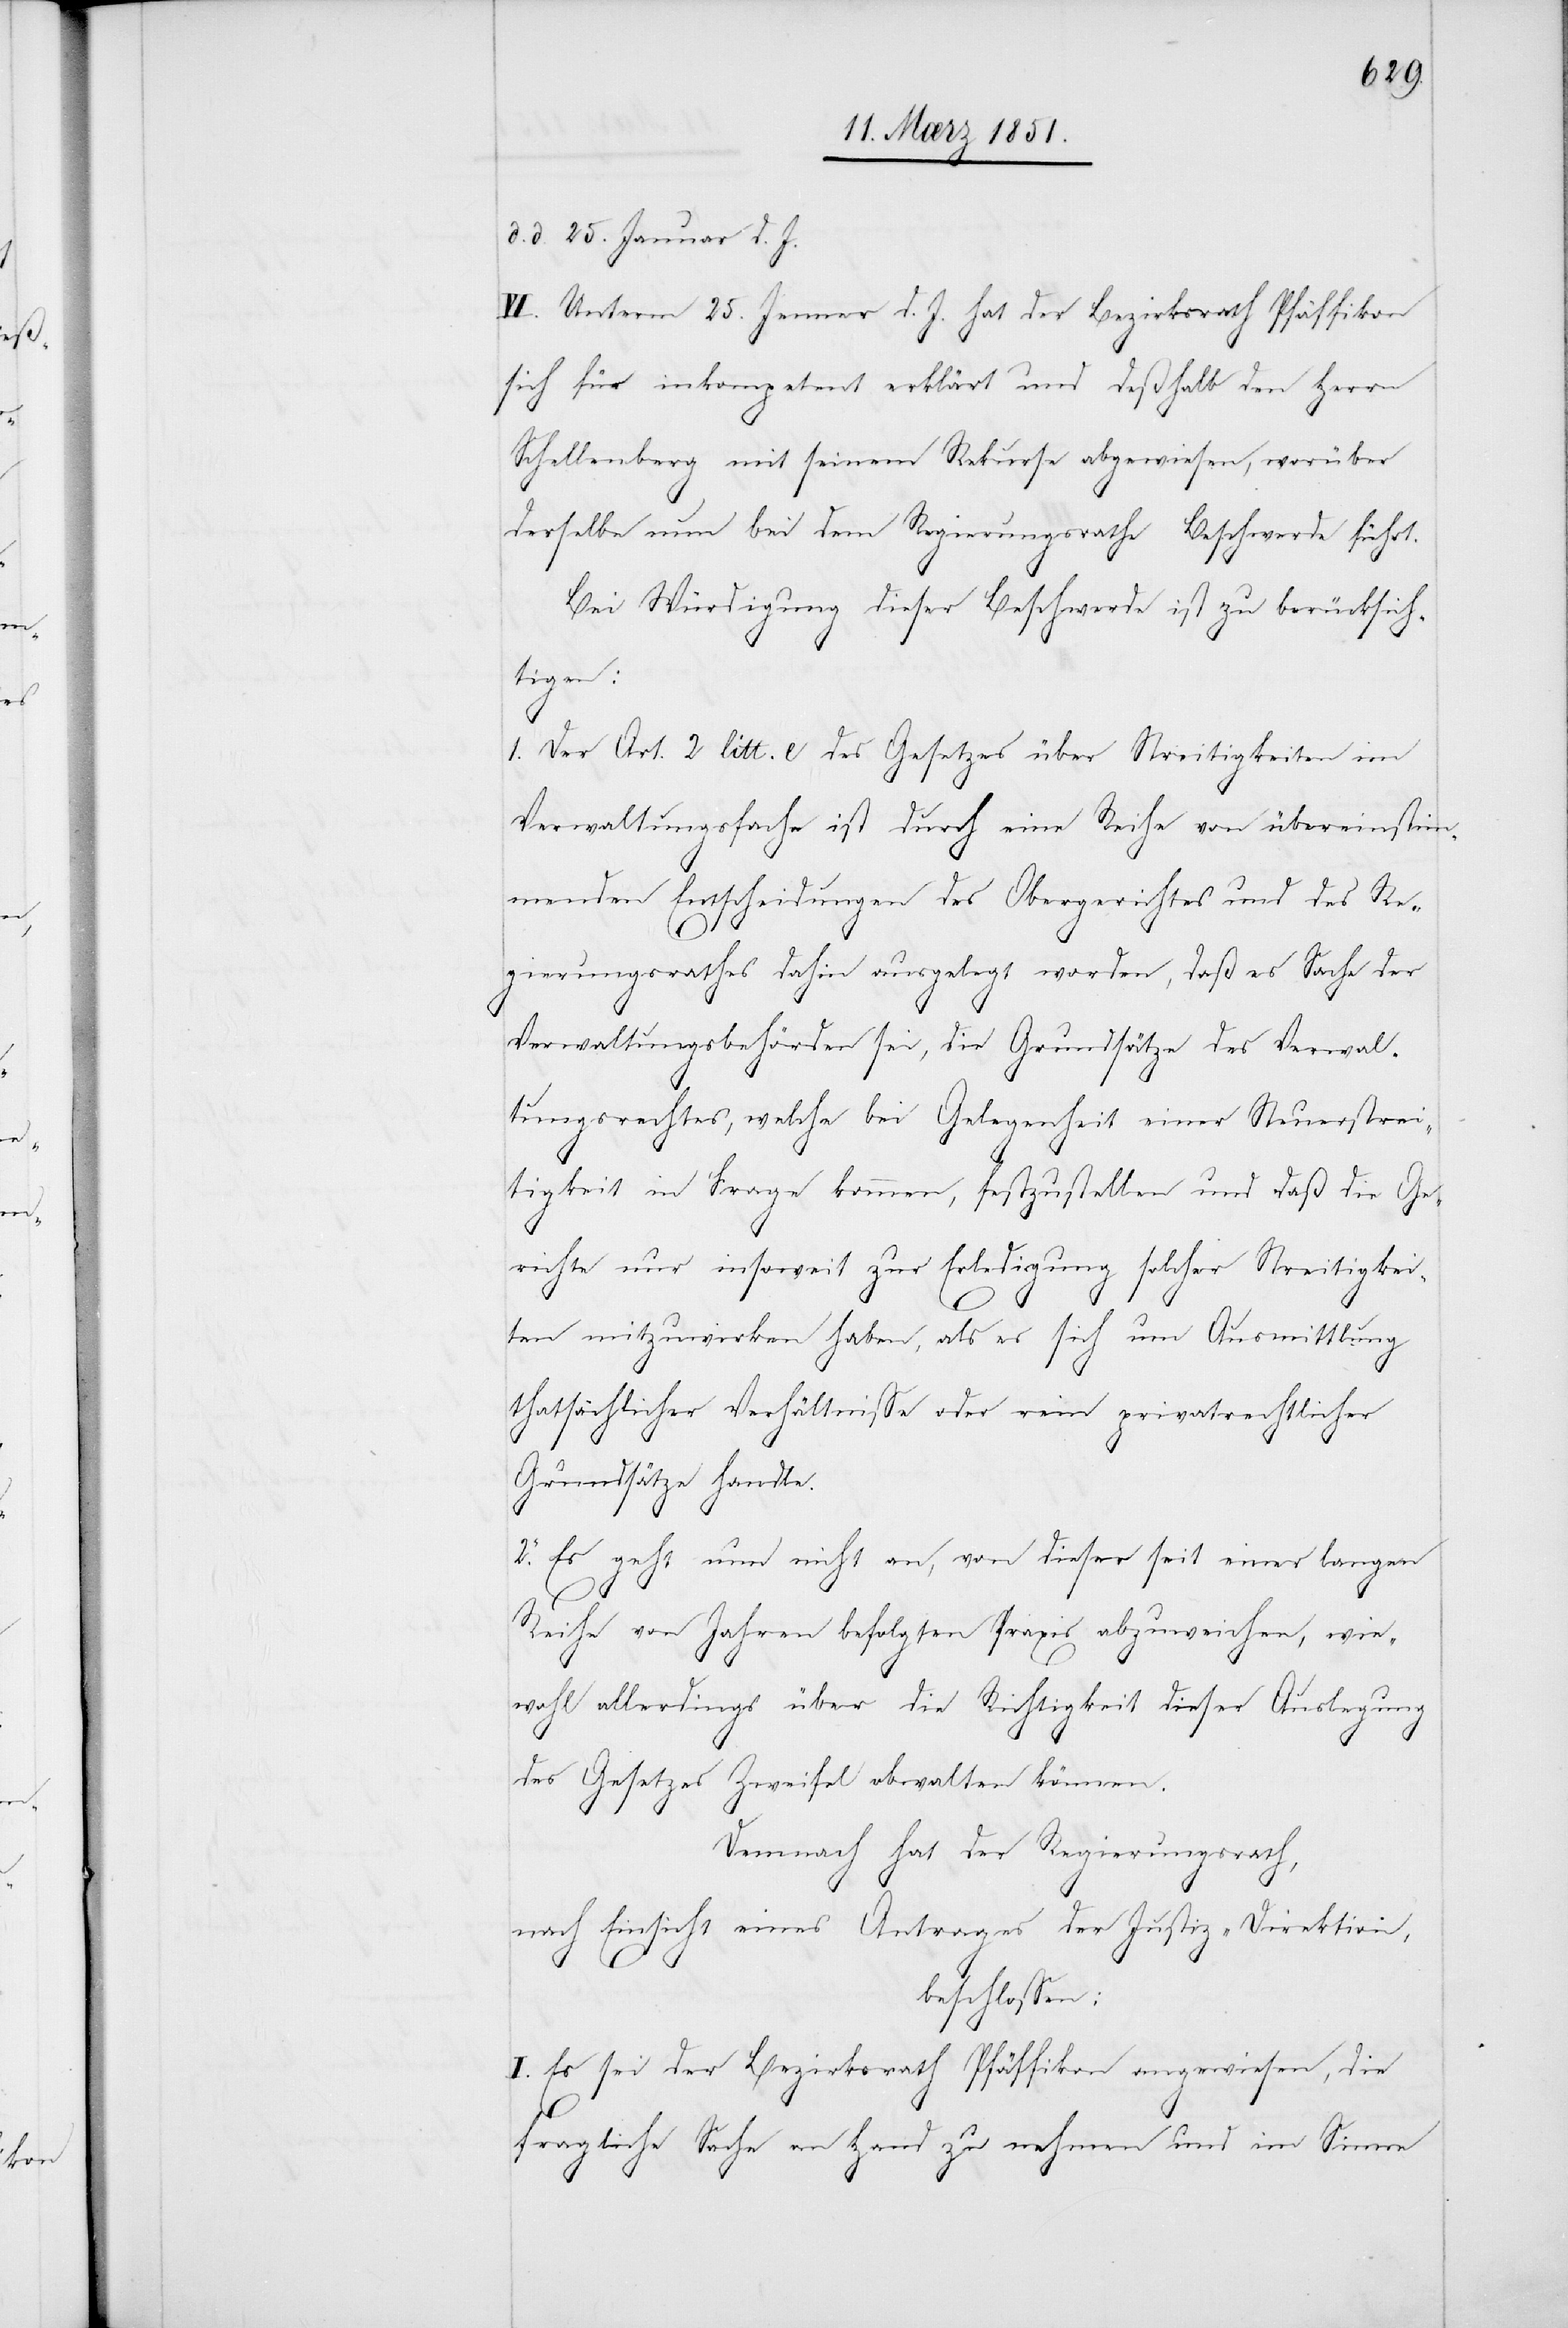
d. d. 25. Januar d. J.
VI. Unterm 25. Jenner d. J. hat der Bezirksrath Pfäffikon
sich für inkompetent erklärt und deßhalb den Herrn
Schellenberg mit seinem Rekurse abgewiesen, worüber
derselbe nun bei dem Regierungsrathe Beschwerde führt.
Bei Würdigung dieser Beschwerde ist zu berücksich¬
tigen:
1. Der Art. 2 litt. e des Gesetzes über Streitigkeiten im
Verwaltungsfache ist durch eine Reihe von übereinstim¬
menden Entscheidungen des Obergerichtes und des Re¬
gierungsrathes dahin ausgelegt worden, daß es Sache der
Verwaltungsbehörden sei, die Grundsätze des Verwal¬
tungsrechtes, welche bei Gelegenheit einer Steuerstrei¬
tigkeit in Frage kommen, festzustellen und daß die Ge¬
richte nur insoweit zur Erledigung solcher Streitigkei¬
ten mitzuwirken haben, als es sich um Ausmittlung
thatsächlicher Verhältnisse oder rein privatrechtlicher
Grundsätze handle.
2. Es geht nun nicht an, von dieser seit einer langen
Reihe von Jahren befolgten Praxis abzuweichen, wie¬
wohl allerdings über die Richtigkeit dieser Auslegung
des Gesetzes Zweifel obwalten können.
Demnach hat der Regierungsrath,
nach Einsicht eines Antrages der Justiz-Direktion,
beschlossen:
I. Es sei der Bezirksrath Pfäffikon angewiesen, die
fragliche Sache an Hand zu nehmen und im Sinne